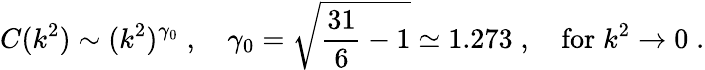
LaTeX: C(k^{2})\sim(k^{2})^{\gamma_{0}}\; ,\quad\gamma_{0}=\sqrt{\frac{31}{6}-1}\simeq 1.273\; ,\quad\mathrm{for}\; k^{2}\to 0\; .